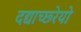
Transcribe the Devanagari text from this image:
दद्याच्छ्रेयो